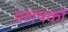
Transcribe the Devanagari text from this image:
प्रशंषकों